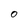
Character: 0